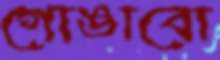
গোঙাবো